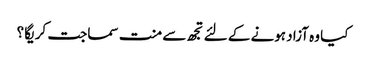
کیا وہ آزاد ہونے کے لئے تجھ سے منت سماجت کریگا ؟